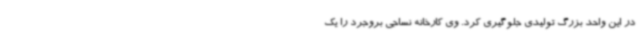
در این واحد بزرگ تولیدی جلوگیری کرد. وی کارخانه نساجی بروجرد را یک